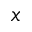
x